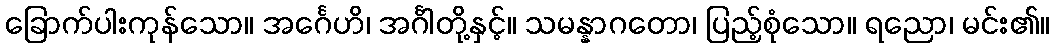
ခြောက်ပါးကုန်သော။ အင်္ဂေဟိ၊ အင်္ဂါတို့နှင့်။ သမန္နာဂတော၊ ပြည့်စုံသော။ ရညော၊ မင်း၏။